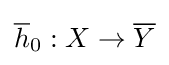
{\overline {h}}_{0}:X\rightarrow {\overline {Y}}